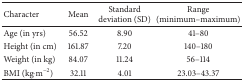
<table><thead><tr><td><b>Character</b></td><td><b>Mean</b></td><td><b>Standard deviation (SD)</b></td><td><b>Range (minimum–maximum) </b></td></tr></thead><tbody><tr><td>Age (in yrs)</td><td>56.52</td><td>8.90</td><td>41–80</td></tr><tr><td>Height (in cm)</td><td>161.87</td><td>7.20</td><td>140–180</td></tr><tr><td>Weight (in kg)</td><td>84.07</td><td>11.24</td><td>56–114</td></tr><tr><td>BMI (kg·m<sup>−2</sup>)</td><td>32.11</td><td>4.01</td><td>23.03–43.37</td></tr></tbody></table>